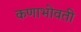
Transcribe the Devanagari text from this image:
कणाभोवती